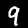
Digit: 9